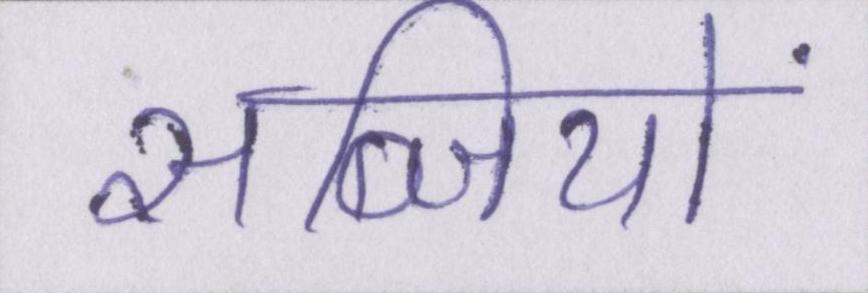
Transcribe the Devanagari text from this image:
सब्जियों